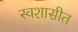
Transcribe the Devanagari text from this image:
स्वशासीत